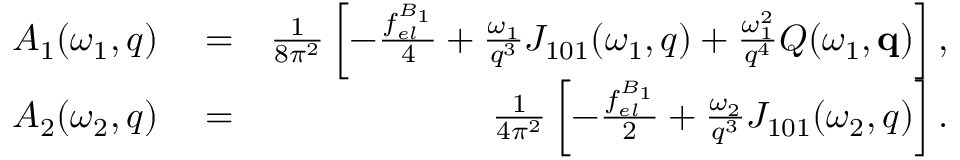
\begin{array} { r l r } { { \cal A } _ { 1 } ( \omega _ { 1 } , q ) } & { { } = } & { \frac { 1 } { 8 \pi ^ { 2 } } \left[ - \frac { f _ { e l } ^ { B _ { 1 } } } { 4 } + \frac { \omega _ { 1 } } { q ^ { 3 } } { \cal J } _ { 1 0 1 } ( \omega _ { 1 } , q ) + \frac { \omega _ { 1 } ^ { 2 } } { q ^ { 4 } } { \cal Q } ( \omega _ { 1 } , \mathbf { q } ) \right] , } \\ { { \cal A } _ { 2 } ( \omega _ { 2 } , q ) } & { { } = } & { \frac { 1 } { 4 \pi ^ { 2 } } \left[ - \frac { f _ { e l } ^ { B _ { 1 } } } { 2 } + \frac { \omega _ { 2 } } { q ^ { 3 } } { \cal J } _ { 1 0 1 } ( \omega _ { 2 } , q ) \right] . } \end{array}